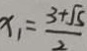
x _ { 1 } = \frac { 3 + \sqrt { 5 } } { 2 }